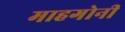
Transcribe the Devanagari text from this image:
माहगोनी